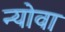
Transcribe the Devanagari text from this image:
न्योवा